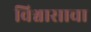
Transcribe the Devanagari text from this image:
विश्वासाचा